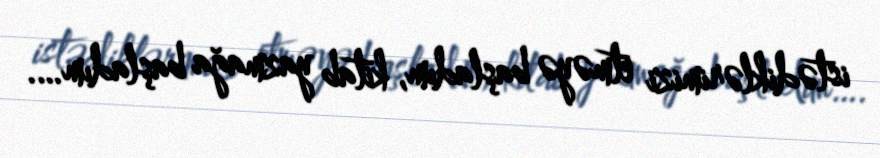
istədiklərimizi etməyə başladım, kitab yazmağa başladım….